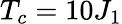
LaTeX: {{T}_{c}}=10{{J}_{1}}